Vaccine operations Central Provinces 1886-1899 - 1886-1899
Year: 1886
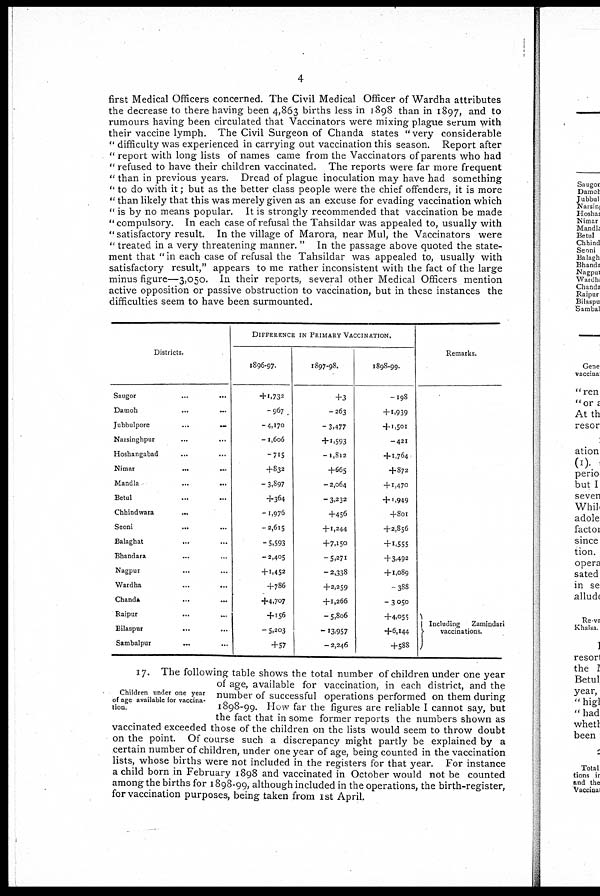
4
first Medical Officers concerned. The Civil Medical Officer of Wardha attributes
the decrease to there having been 4,863 births less in 1898 than in 1897, and to
rumours having been circulated that Vaccinators were mixing plague serum with
their vaccine lymph. The Civil Surgeon of Chanda states "very considerable
" difficulty was experienced in carrying out vaccination this season. Report after
" report with long lists of names came from the Vaccinators of parents who had
" refused to have their children vaccinated. The reports were far more frequent
" than in previous years. Dread of plague inoculation may have had something
" to do with it; but as the better class people were the chief offenders, it is more
" than likely that this was merely given as an excuse for evading vaccination which
" is by no means popular. It is strongly recommended that vaccination be made
"compulsory. In each case of refusal the Tahsildar was appealed to, usually with
" satisfactory result. In the village of Marora, near Mul, the Vaccinators were
" treated in a very threatening manner. " In the passage above quoted the state-
ment that " in each case of refusal the Tahsildar was appealed to, usually with
satisfactory result," appears to me rather inconsistent with the fact of the large
minus figure—3,050. In their reports, several other Medical Officers mention
active opposition or passive obstruction to vaccination, but in these instances the
difficulties seem to have been surmounted.
Districts.
Saugor
...
...
Damoh ... ...
Jubbulpore
...
...
Narsinghpur ... ...
Hoshangabad ... ...
Nimar ... ...
Mandla ... ...
Betul ... ...
Chhindwara ...
Seoni
...
...
Balaghat
...
...
Bhandara ... ...
Nagpur ... ...
Wardha
...
...
Chanda
...
...
Raipur ... ...
Bilaspur ... ...
Sambalpur
...
...
DIFFERENCE IN PRIMARY VACCINATION.
1896-97.
+1,732
—967
—4,170
—1,606
—715
+832
— 3,897
+364
—1,976
—2,615
— 5,593
—2,405
+1,452
+786
+4,707
+156
— 5,203
+57
1897-98.
+3
—263
— 3,477
+ 1,593
—1,812
+665
—2,064
— 3,232
+456
+1,244
+7,150
—5,271
—2,338
+2,259
+1,266
—5,806
—13,957
— 2,246
1898-99.
—198
+ 1,939
+ 1,501
—421
+ 1,764
+872
+1,470
+ 1,949
+801
+2,856
+1,555
+3,492
+1,089
—388
—3,050
+4,055
+6,144
+588
Remarks.
Including
Zamindari
vaccinations.
Children under one year
of age available for vaccina-
tion.
17. The following table shows the total number of children under one year
of age, available for vaccination, in each district, and the
number of successful operations performed on them during
1898-99. How far the figures are reliable I cannot say, but
the fact that in some former reports the numbers shown as
vaccinated exceeded those of the children on the lists would seem to throw doubt
on the point. Of course such a discrepancy might partly be explained by a
certain number of children, under one year of age, being counted in the vaccination
lists, whose births were not included in the registers for that year. For instance
a child born in February 1898 and vaccinated in October would not be counted
among the births for 1898-99, although included in the operations, the birth-register,
for vaccination purposes, being taken from 1st April.